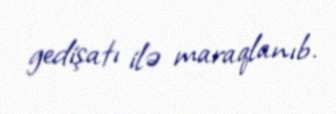
gedişatı ilə maraqlanıb.